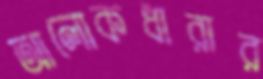
আলোকধারার